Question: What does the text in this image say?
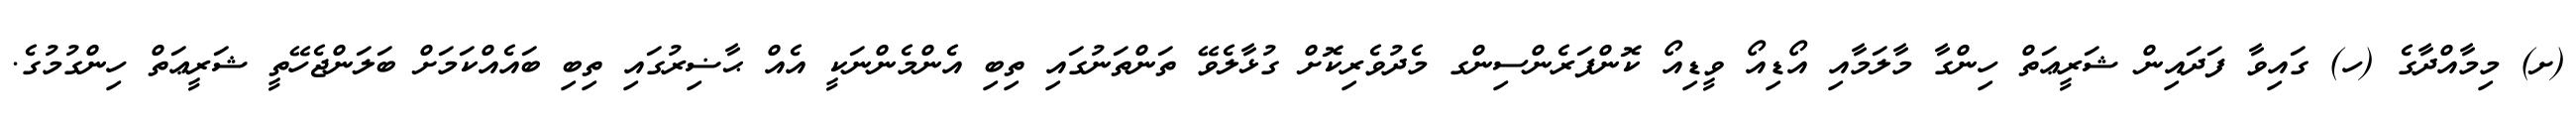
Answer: (ށ) މިމާއްދާގެ (ހ) ގައިވާ ފަދައިން ޝަރީޢަތް ހިންގާ މާލަމާއި އޯޑިއޯ ވީޑިއޯ ކޮންފަރެންސިންގ މެދުވެރިކޮށް ގުޅާލެވޭ ތަންތަނުގައި ތިބި އެންމެންނަކީ އެއް ޙާޟިރުގައި ތިބި ބައެއްކަމަށް ބަލަންޖެހޭތީ ޝަރީޢަތް ހިންގުމުގެ.